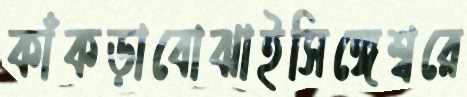
কাঁকড়াবোঝাইসিঙ্গেশ্বরে